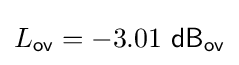
L_{\mathsf {ov}}=-3.01\ {\mathsf {dB_{ov}}}